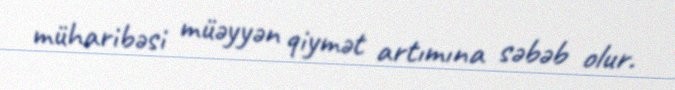
müharibəsi müəyyən qiymət artımına səbəb olur.